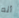
أنه